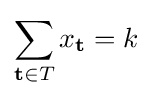
\sum _{\mathbf {t} \in T}x_{\mathbf {t} }=k